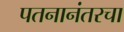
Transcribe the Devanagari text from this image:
पतनानंतरचा